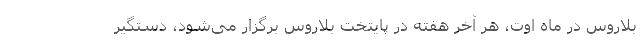
بلاروس در ماه اوت، هر آخر هفته در پایتخت بلاروس برگزار می‌شود، دستگیر